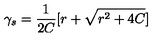
\gamma _ { s } = \frac { 1 } { 2 C } [ r + \sqrt { r ^ { 2 } + 4 C } ]